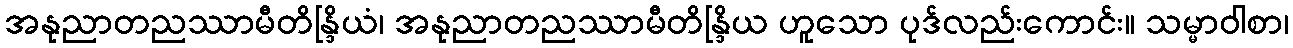
အနုညာတညဿာမီတိန္ဒြိယံ၊ အနုညာတညဿာမီတိန္ဒြိယ ဟူသော ပုဒ်လည်းကောင်း။ သမ္မာဝါစာ၊